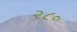
૨૮૦